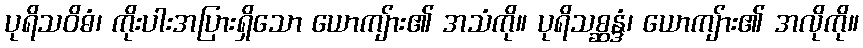
ပုရိသဝိဓံ၊ ကိုးပါးအပြားရှိသော ယောကျ်ား၏ အသံကို။ ပုရိသစ္ဆန္ဒံ၊ ယောကျ်ား၏ အလိုကို။